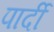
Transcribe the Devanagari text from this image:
पार्दी